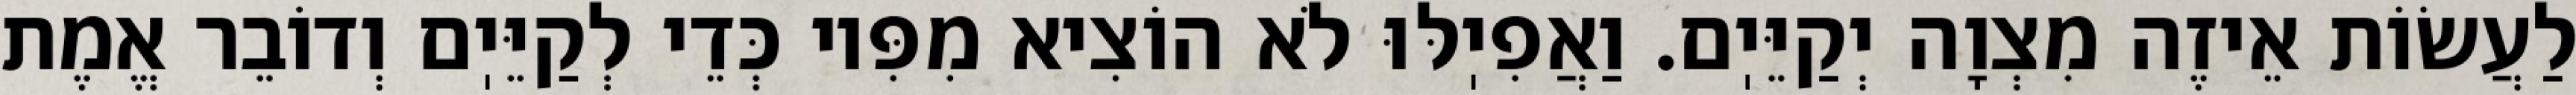
לַעֲשׂוֹת אֵיזֶה מִצְוָה יְקַיֵּיֽם. וַאֲפִיֽלּוּ לֹא הוֹצִיא מִפִּיו כְּדֵי לְקַיֵּיֽם וְדוֹבֵר אֱמֶת